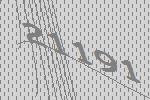
21191